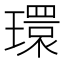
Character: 環